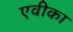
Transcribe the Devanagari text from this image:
एवीका